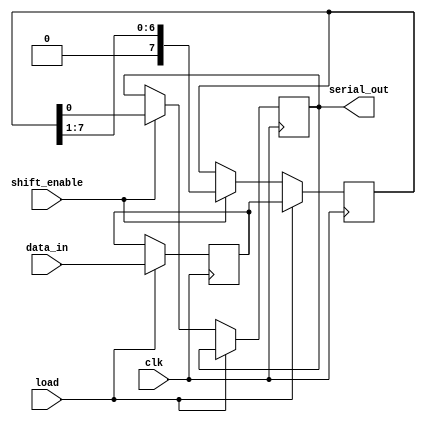
module TwoStagePISO #(
    parameter WIDTH = 8  // Define the width of the data bus
)(
    input wire clk,           // Clock signal
    input wire load,          // Load signal for parallel input
    input wire shift_enable,   // Shift enable signal for serial output
    input wire [WIDTH-1:0] data_in, // Parallel input data
    output reg serial_out      // Serial output
);

    // Intermediate storage for the parallel input stage
    reg [WIDTH-1:0] parallel_reg;
    
    // Shift register stage (two stages)
    reg [WIDTH-1:0] shift_reg;

    always @(posedge clk) begin
        // Parallel input stage: Load data when load signal is asserted
        if (load) begin
            parallel_reg <= data_in;  // Load parallel data
            shift_reg <= parallel_reg; // Initialize shift register with loaded data
        end else if (shift_enable) begin
            // Shift register stage: Shift data out
            shift_reg <= {1'b0, shift_reg[WIDTH-1:1]}; // Shift left
            serial_out <= shift_reg[0]; // Output the least significant bit
        end
    end

endmodule